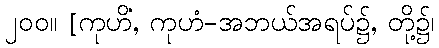
၂၀၀။ [ကုဟိံ, ကုဟံ-အဘယ်အရပ်၌, တို့၌၊